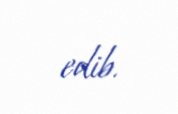
edib.